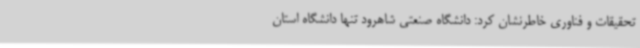
تحقیقات و فناوری خاطرنشان کرد: دانشگاه صنعتی شاهرود تنها دانشگاه استان